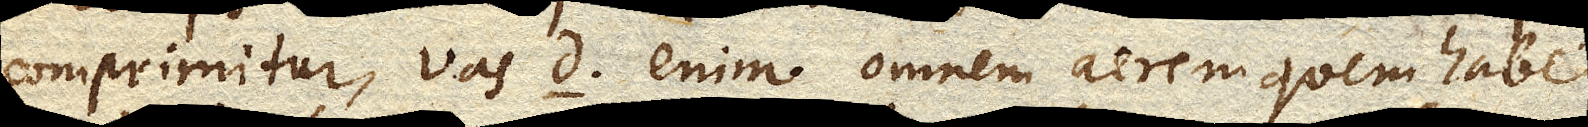
comprimitur, vas D. enim omnem aerem quem habet